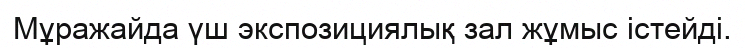
Мұражайда үш экспозициялық зал жұмыс істейді.